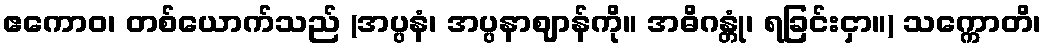
ဧကောဝ၊ တစ်ယောက်သည် (အပ္ပနံ၊ အပ္ပနာဈာန်ကို။ အဓိဂန္တုံ၊ ရခြင်းငှာ။) သက္ကောတိ၊